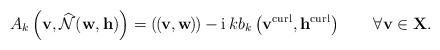
LaTeX: \begin{align*}A_{k}\left( \mathbf{v},\widehat{\mathcal{N}}(\mathbf{w},\mathbf{h})\right)=\left(\kern-.1em\left(\kern-.1em\mathbf{v},\mathbf{w}\kern-.1em\right)\kern-.1em\right) -\operatorname*{i}kb_{k}\left( \mathbf{v}^{\operatorname*{curl}},\mathbf{h}^{\operatorname*{curl}}\right) \qquad\forall\mathbf{v}\in\mathbf{X}. \end{align*}